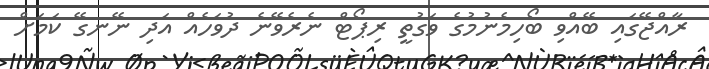
ރާއްޖޭގައި ބޭއްވި ބޯހިމެނުމުގެ ވަގުތީ ރިޕޯޓް ނެރެވޭނެ ދުވަހެއް އަދި ނޭނގޭ ކަމަށް